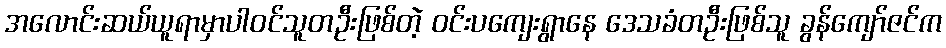
အလောင်းဆယ်ယူရာမှာပါဝင်သူတဦးဖြစ်တဲ့ ဝင်းပကျေးရွာနေ ဒေသခံတဦးဖြစ်သူ ခွန်ကျော်ဇင်က